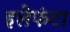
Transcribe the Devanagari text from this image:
इलेफंटा